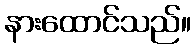
နားထောင်သည်။